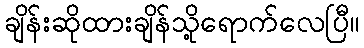
ချိန်းဆိုထားချိန်သို့ရောက်လေပြီ။